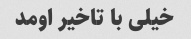
خیلی با تاخیر اومد